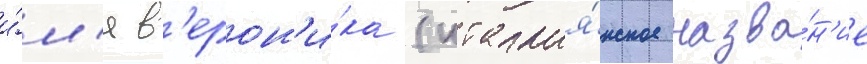
и́м'я в'ерон'и́ка (италья́нское назва́н'ие